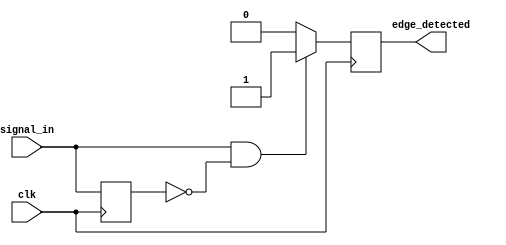
module rising_edge_detector (
    input wire clk,              // Clock signal
    input wire signal_in,        // Input signal to detect rising edge
    output reg edge_detected     // Output signal indicating rising edge
);

    reg signal_prev;             // Register to hold the previous state of signal_in

    // Initialize the edge_detected to 0 at the start
    initial begin
        edge_detected = 0;       // Ensure output is low at initialization
        signal_prev = 0;         // Initialize previous signal state
    end

    // Rising edge detection process
    always @(posedge clk) begin
        // Edge detection logic
        if (signal_in == 1'b1 && signal_prev == 1'b0) begin
            edge_detected <= 1'b1; // Rising edge detected
        end else begin
            edge_detected <= 1'b0; // Reset output after one clock cycle
        end
        
        // Update previous state
        signal_prev <= signal_in; // Store current state for next clock cycle
    end

endmodule